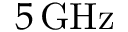
5 \, \mathrm { G H z }